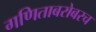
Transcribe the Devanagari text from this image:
गणिताबरोबरच